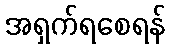
အရှက်ရစေရန်